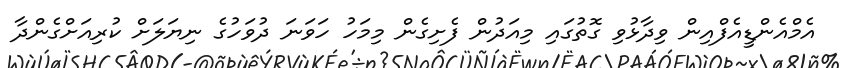
އެމްއެންޑީއެފްއިން ވިދާޅުވި ގޮތުގައި މިއަދުން ފެށިގެން މިމަހު ހަވަނަ ދުވަހުގެ ނިޔަލަށް ކުރިއަށްގެންދާ